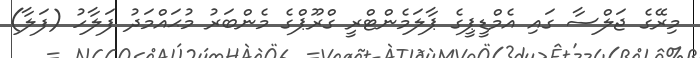
މިރޭގެ ޖަލްސާ ގައި އެމްޑީޕީގެ ޕާލަމެންޓްރީ ގްރޫޕްގެ މެންބަރު މުޙައްމަދު ފަލާހު (ފަލާ)